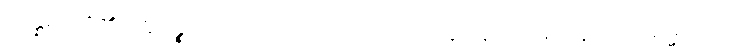
ကိန္နရာတို့၏။ ဣဒဉ္စ၊ ဤစကားကိုသာလျင်။ သုတွာ န၊ ကြားကုန်၍။ သမ္မောဒထ၊